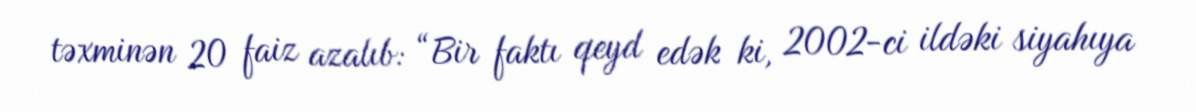
təxminən 20 faiz azalıb: “Bir faktı qeyd edək ki, 2002-ci ildəki siyahıya